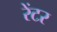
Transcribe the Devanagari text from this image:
रेंटर